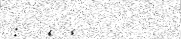
: